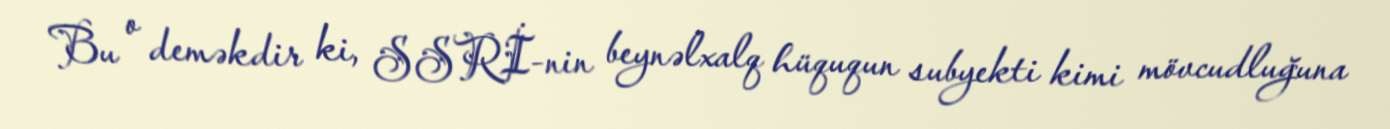
Bu o deməkdir ki, SSRİ-nin beynəlxalq hüququn subyekti kimi mövcudluğuna